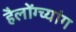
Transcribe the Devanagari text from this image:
हैलोंग्च्यांग